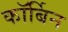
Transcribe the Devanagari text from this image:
कॉर्बिन